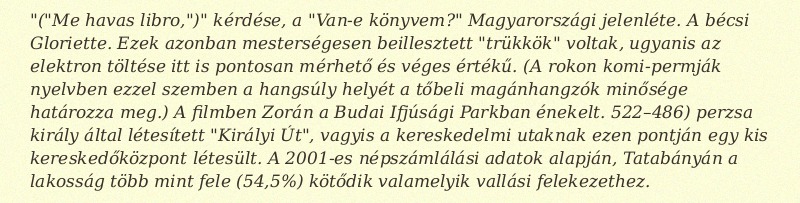
"("Me havas libro,")" kérdése, a "Van-e könyvem?" Magyarországi jelenléte. A bécsi Gloriette. Ezek azonban mesterségesen beillesztett "trükkök" voltak, ugyanis az elektron töltése itt is pontosan mérhető és véges értékű. (A rokon komi-permják nyelvben ezzel szemben a hangsúly helyét a tőbeli magánhangzók minősége határozza meg.) A filmben Zorán a Budai Ifjúsági Parkban énekelt. 522–486) perzsa király által létesített "Királyi Út", vagyis a kereskedelmi utaknak ezen pontján egy kis kereskedőközpont létesült. A 2001-es népszámlálási adatok alapján, Tatabányán a lakosság több mint fele (54,5%) kötődik valamelyik vallási felekezethez.